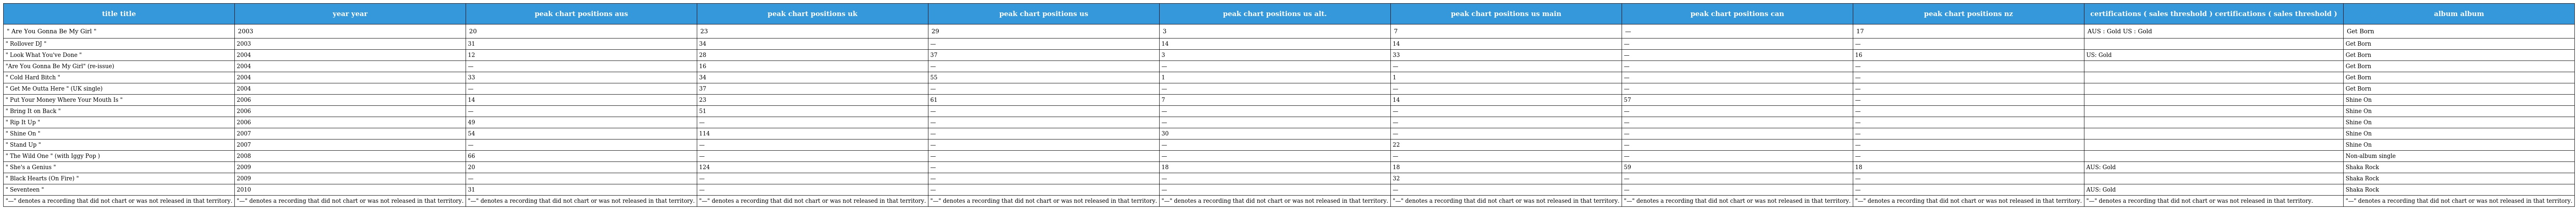
| title title | year year | peak chart positions aus | peak chart positions uk | peak chart positions us | peak chart positions us alt. | peak chart positions us main | peak chart positions can | peak chart positions nz | certifications ( sales threshold ) certifications ( sales threshold ) | album album |
 | --- | --- | --- | --- | --- | --- | --- | --- | --- | --- | --- |
 | " Are You Gonna Be My Girl " | 2003 | 20 | 23 | 29 | 3 | 7 | — | 17 | AUS : Gold US : Gold | Get Born |
 | " Rollover DJ " | 2003 | 31 | 34 | — | 14 | 14 | — | — |  | Get Born |
 | " Look What You've Done " | 2004 | 12 | 28 | 37 | 3 | 33 | — | 16 | US: Gold | Get Born |
 | "Are You Gonna Be My Girl" (re-issue) | 2004 | — | 16 | — | — | — | — | — |  | Get Born |
 | " Cold Hard Bitch " | 2004 | 33 | 34 | 55 | 1 | 1 | — | — |  | Get Born |
 | " Get Me Outta Here " (UK single) | 2004 | — | 37 | — | — | — | — | — |  | Get Born |
 | " Put Your Money Where Your Mouth Is " | 2006 | 14 | 23 | 61 | 7 | 14 | 57 | — |  | Shine On |
 | " Bring It on Back " | 2006 | — | 51 | — | — | — | — | — |  | Shine On |
 | " Rip It Up " | 2006 | 49 | — | — | — | — | — | — |  | Shine On |
 | " Shine On " | 2007 | 54 | 114 | — | 30 | — | — | — |  | Shine On |
 | " Stand Up " | 2007 | — | — | — | — | 22 | — | — |  | Shine On |
 | " The Wild One " (with Iggy Pop ) | 2008 | 66 | — | — | — | — | — | — |  | Non-album single |
 | " She's a Genius " | 2009 | 20 | 124 | — | 18 | 18 | 59 | 18 | AUS: Gold | Shaka Rock |
 | " Black Hearts (On Fire) " | 2009 | — | — | — | — | 32 | — | — |  | Shaka Rock |
 | " Seventeen " | 2010 | 31 | — | — | — | — | — | — | AUS: Gold | Shaka Rock |
 | "—" denotes a recording that did not chart or was not released in that territory. | "—" denotes a recording that did not chart or was not released in that territory. | "—" denotes a recording that did not chart or was not released in that territory. | "—" denotes a recording that did not chart or was not released in that territory. | "—" denotes a recording that did not chart or was not released in that territory. | "—" denotes a recording that did not chart or was not released in that territory. | "—" denotes a recording that did not chart or was not released in that territory. | "—" denotes a recording that did not chart or was not released in that territory. | "—" denotes a recording that did not chart or was not released in that territory. | "—" denotes a recording that did not chart or was not released in that territory. | "—" denotes a recording that did not chart or was not released in that territory. |